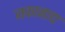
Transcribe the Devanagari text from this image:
जकानाद्य